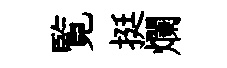
覧挺爛